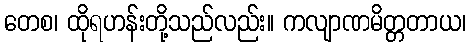
တေစ၊ ထိုရဟန်းတို့သည်လည်း။ ကလျာဏမိတ္တတာယ၊